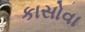
કાસોવા